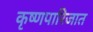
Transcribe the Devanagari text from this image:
कृष्णपारिजात